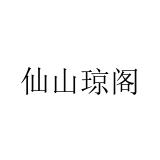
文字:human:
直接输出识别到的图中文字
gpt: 仙山琼阁